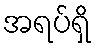
အရပ်ရှိ